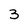
Character: 3